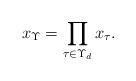
LaTeX: \begin{align*}x_\Upsilon=\prod_{\tau \in \Upsilon_d}x_\tau.\end{align*}